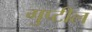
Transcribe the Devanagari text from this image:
गुप्टील